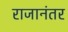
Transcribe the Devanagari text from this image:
राजानंतर